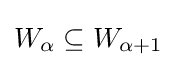
W_{\alpha }\subseteq W_{\alpha +1}